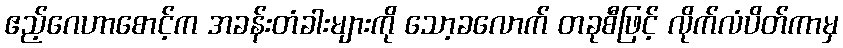
ဧည့်ဂေဟာစောင့်က အခန်းတံခါးများကို သော့ခလောက် တခုစီဖြင့် လိုက်လံပိတ်ကာမှ